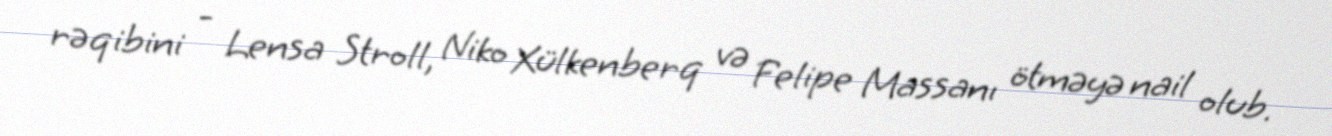
rəqibini - Lensa Stroll, Niko Xülkenberq və Felipe Massanı ötməyə nail olub.